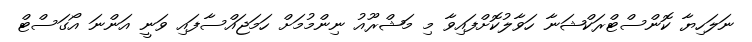
ނަލަހިޔާ ކޮންސްޓްރަކްޝަނާ ހަވާލުކޮށްފައިވާ މި މަޝްރޫއު ނިންމުމަށް ހަމަޖައްސާފައި ވަނީ އަންނަ އޯގަސްޓް